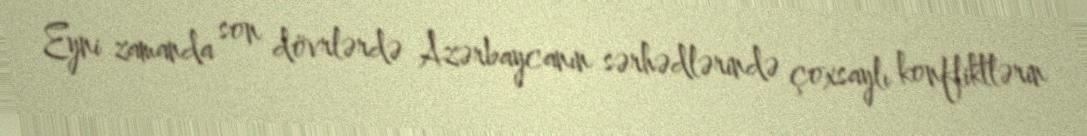
Eyni zamanda son dövrlərdə Azərbaycanın sərhədlərində çoxsaylı konfliktlərin